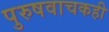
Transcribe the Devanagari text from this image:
पुरुषवाचकही